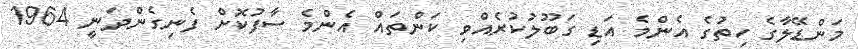
މަންޑޭލާގެ ހިތުގެ އެންމެ އަޑި ގަބޫލުކުރެއްވި ކަންތައް އެންމެ ސާފުކޮށް ފެނިގެންދަނީ 1964